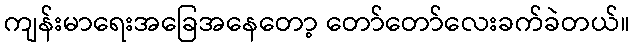
ကျန်းမာရေးအခြေအနေတော့ တော်တော်လေးခက်ခဲတယ်။